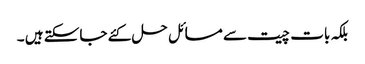
بلکہ بات چیت سے مسائل حل کئے جاسکتے ہیں ۔